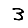
Digit: 3